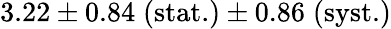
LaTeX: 3.22\pm 0.84\; \textrm{(stat.)}\pm 0.86\; \textrm{(syst.)}